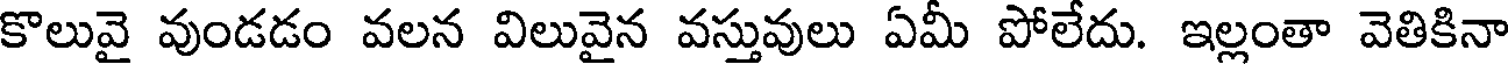
కొలువై వుండడం వలన విలువైన వస్తువులు ఏమీ పోలేదు. ఇల్లంతా వెతికినా